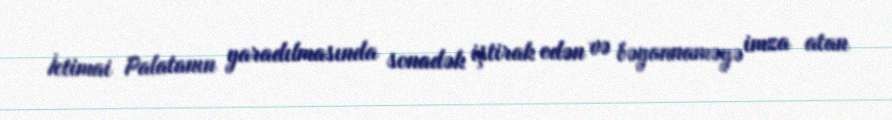
İctimai Palatanın yaradılmasında sonadək iştirak edən və bəyannaməyə imza atan